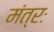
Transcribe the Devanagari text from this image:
मंत्रः